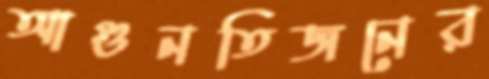
আগুনতিজনের